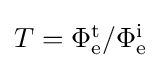
{\textstyle T=\Phi _{\text{e}}^{\text{t}}/\Phi _{\text{e}}^{\text{i}}}